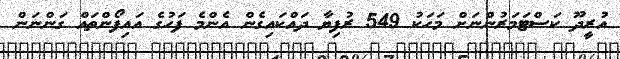
އުރީދޫ ކަސްޓަމަރުންނަށް މަހަކު 549 ރުފިޔާ ދައްކައިގެން އެންމެ ފަހުގެ އައިފޯންތައް ގަންނަން